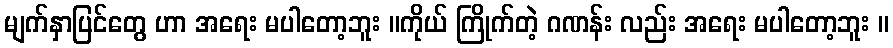
မျက်နှာပြင်တွေ ဟာ အရေး မပါတော့ဘူး ။ကိုယ် ကြိုက်တဲ့ ဂဏန်း လည်း အရေး မပါတော့ဘူး ။